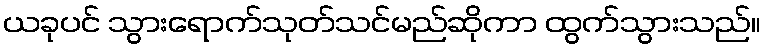
ယခုပင် သွားရောက်သုတ်သင်မည်ဆိုကာ ထွက်သွားသည်။